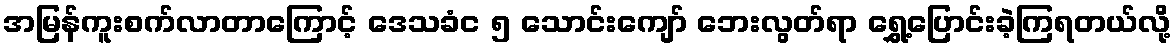
အမြန်ကူးစက်လာတာကြောင့် ဒေသခံင ၅ သောင်းကျော် ဘေးလွတ်ရာ ရွှေ့ပြောင်းခဲ့ကြရတယ်လို့